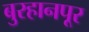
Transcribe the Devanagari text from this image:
बुरहानपूर